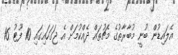
އެލައިޑުން ބުނީ މުބާރާތުގެ މެޗުތައް ދެއްކުމަށް އެ ޖަގަހައިގައި 10 ފޫޓު 16